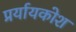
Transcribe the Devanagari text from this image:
प्रर्यायकोश